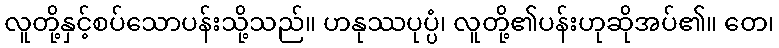
လူတို့နှင့်စပ်သောပန်းသို့သည်။ ဟနုဿပုပ္ပံ၊ လူတို့၏ပန်းဟုဆိုအပ်၏။ တေ၊